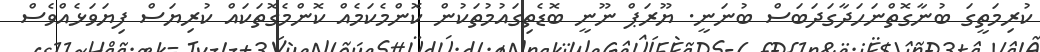
ކުރިމަތީގަ ބުނާގޮތްނަހަދާގަދަބަސް ބުނަނީ. ޔޫރަޕް ނޫނީ ބޮޑެތިގައުމުތަކުން ކޮންމެކަމެއް ކޮންމެގޮތަކައް ކުރިޔަސް ފިޔަވަޅެއްވެސް